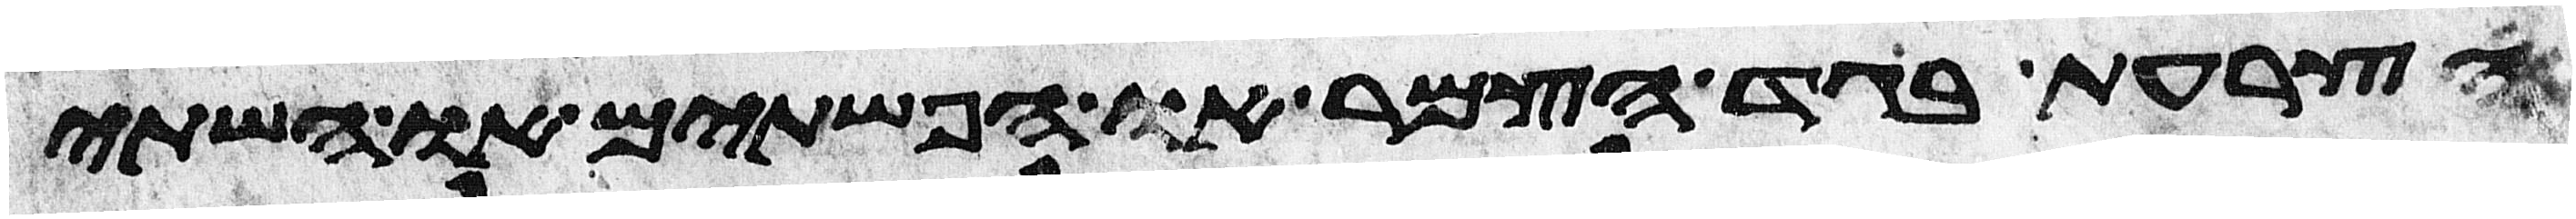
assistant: הצרעת בגד הצמר או הפשתים או השתי